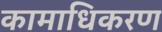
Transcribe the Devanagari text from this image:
कामाधिकरण